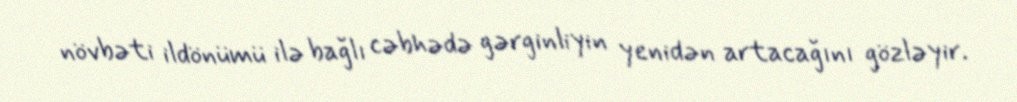
növbəti ildönümü ilə bağlı cəbhədə gərginliyin yenidən artacağını gözləyir.